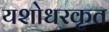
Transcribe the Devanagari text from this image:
यशोधरकृत